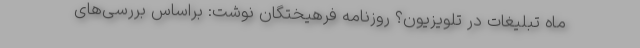
ماه تبلیغات در تلویزیون؟ روزنامه فرهیختگان نوشت: براساس بررسی‌های